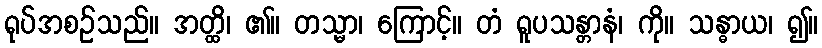
ရုပ်အစဉ်သည်။ အတ္ထိ၊ ၏။ တသ္မာ၊ ကြောင့်။ တံ ရူပသန္တာနံ၊ ကို။ သန္ဓာယ၊ ၍။